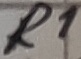
Text: R1